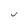
Character: j